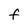
Character: F